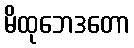
မိထုဘေဒတော